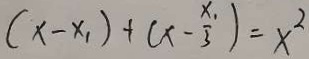
( x - x _ { 1 } ) + ( x - \frac { x _ { 1 } } { 3 } ) = x ^ { 2 }